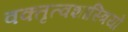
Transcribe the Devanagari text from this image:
वक्तृत्वशास्त्रियों